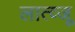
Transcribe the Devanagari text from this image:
लात्व्जू